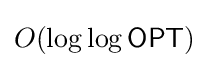
O(\log \log {\mathsf {OPT}})